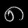
Digit: ၈